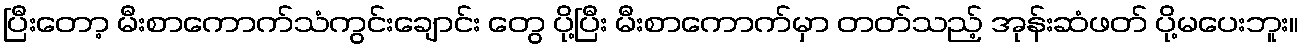
ပြီးတော့ မီးစာကောက်သံကွင်းချောင်း တွေ ပို့ပြီး မီးစာကောက်မှာ တတ်သည့် အုန်းဆံဖတ် ပို့မပေးဘူး။